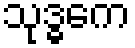
သုဒ္ဓကေ